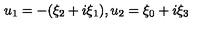
u _ { 1 } = - ( \xi _ { 2 } + i \xi _ { 1 } ) , u _ { 2 } = \xi _ { 0 } + i \xi _ { 3 }